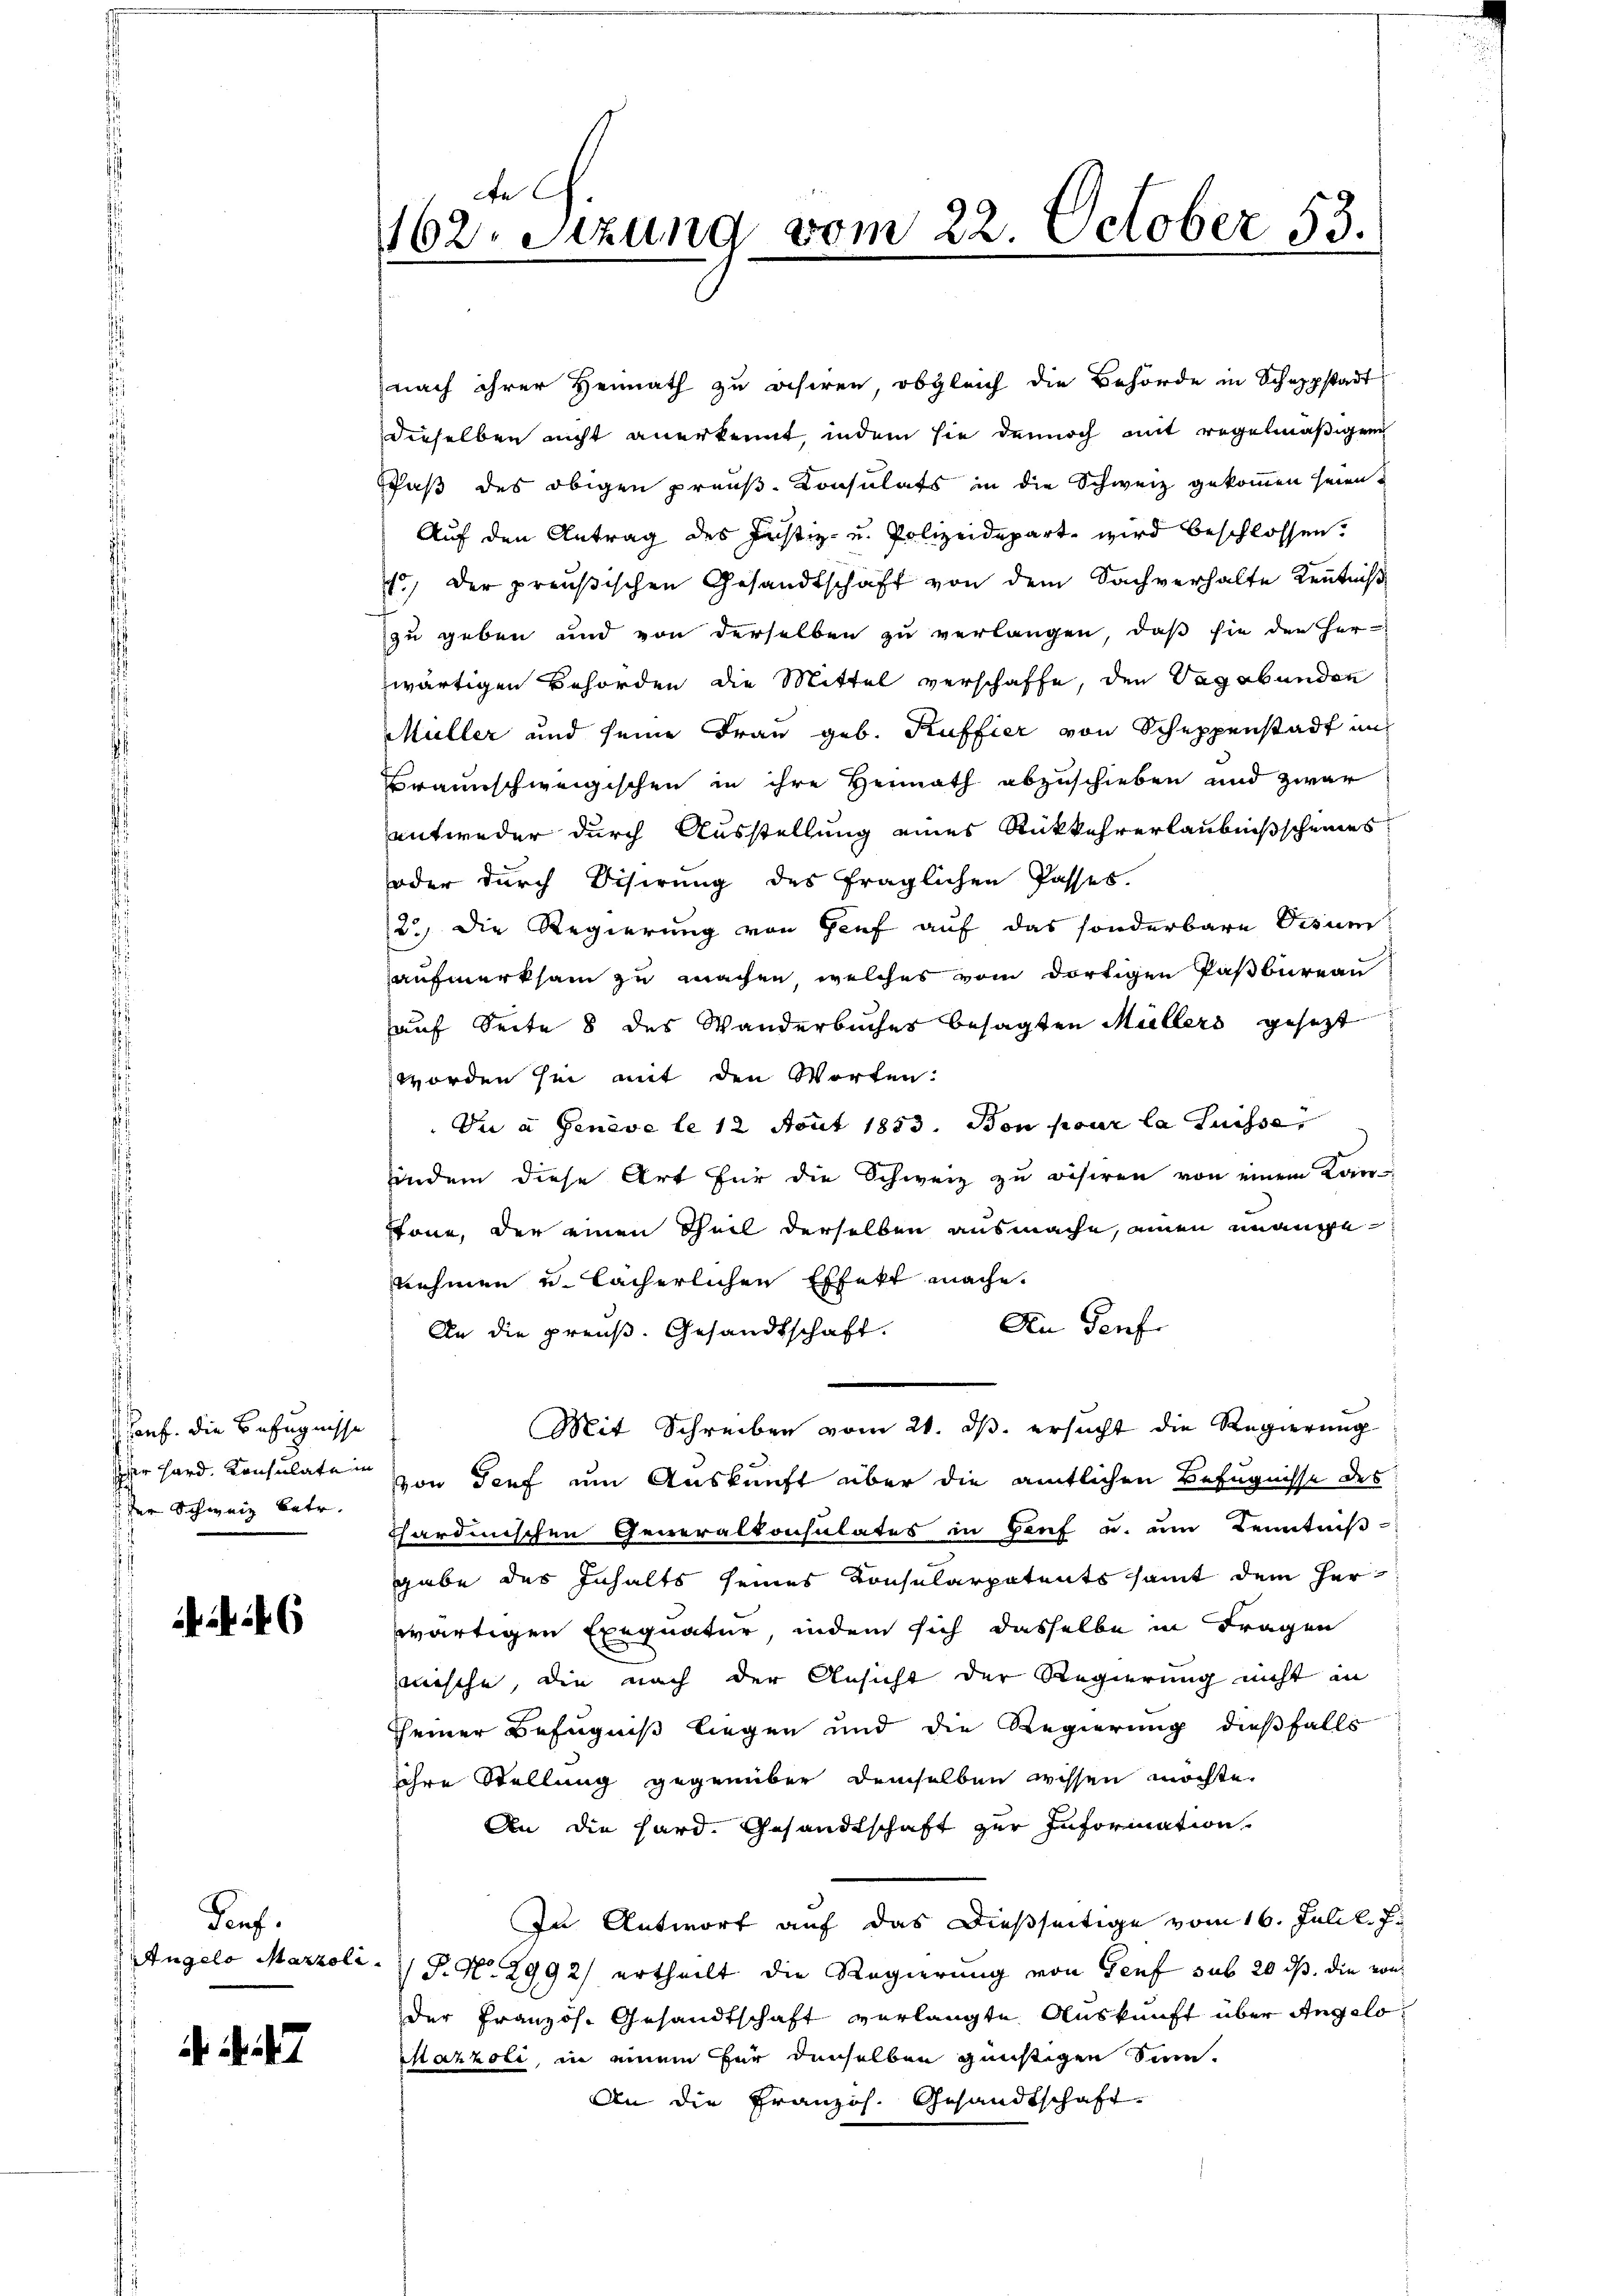
Conf. die Befugnisse
der Schweiz betr.

46

Penf
Angelo Marzoli.

a A
162. Sitzung vom 22. October 83.

nach ihrer Heimath zu asiren, obgleich die Behörde in Schappstadtderselben nicht anerkennt, indem sie dennoch mit regelmäßigen
Faß des obigen preuß. Konsulats in die Schweiz gekommen seien.
Auf den Antrag des Justiz- u. Polizeidepart wird beschlossen.
1) der preußischen Gesandtschaft von dem Sachverhalte Kenntniß
zu geben und von derselben zu verlangen, daß sie den Her-
wärtigen Behörden die Mittel verschaffe, den Vagabanden
Müller und seine Frau geb. Kuffier von Schuppenstadt in
Braunschweigischen in ihre Heimath abzuschieben und zwar
entweder durch Ausstellung eines Rückkehrerlaubnißscheines
oder durch Bisirung des fraglichen Passes.
2.) Die Regierung von Genf auf das sonderbare Visum
aufmerksam zu machen, welches vom dortigen Paßbureau
auf Seite 8 des Wanderbücher besagten Müllers gesezt
worden sei mit den Worten:
Di a Geneve le 12 Sont 1853. Von pour la Suisse
hindem diese Art für die Schweiz zu visiren von einem Kan-
schöne, der einen Theil derselben ausmache, einen unange
nehmen u. lächerlichen Effekt mache.
An Genf
An die preuß. Gesandtschaft.
Mit Schreiben vom 21. ds. ersucht die Regierung
er hard. Konsulaten von Torf um Auskunft über die amtlichen Befugnisse des
chardinischen Generalkonsulates in Genf u. um Kenntniß-
gabe des Inhalts seines Konsularpatents samt dem Herwärtigen Exequatur, indem sich dasselbe in Fragen
mische, die nach der Ansicht der Regierung nicht in
seiner Befugniß liegen und die Regierung dießfalls
ihre Stellung gegenüber demselben wissen möchte.
An die Hard. Gesandtschaft zur Information
In Antwort auf das dießseitige vom 16. Juli l. J.
P. Nr. 2992/ ertheilt die Regierung von Genf sub 20 dß. die von
der Französ. Gesandtschaft verlangte Auskunft über Angelo
Mazzoli, in einem für denselben günstigen Sinn
An die Französ. Gesandtschaft